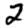
Digit: 2